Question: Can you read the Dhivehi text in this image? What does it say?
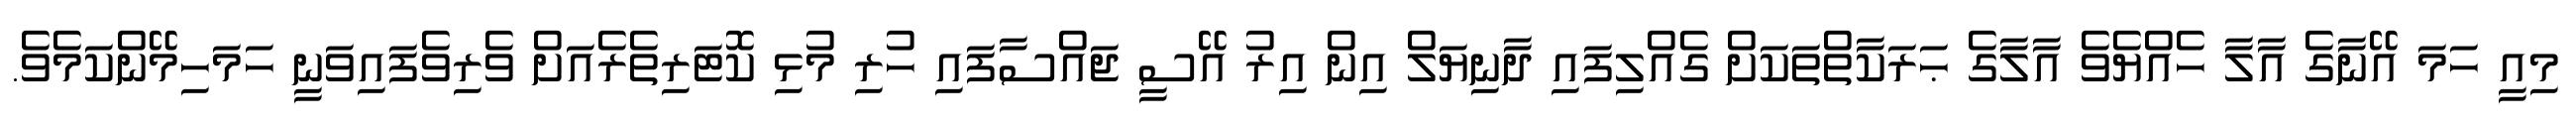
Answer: މިއީ ހަމަ އޭނާގެ އާލާ ހެއްޔެވެ އާލާގެ ޙަރަކާތްތަކަށް ގެއްލިފައި ދާނިޔަލް އިން އިރު އޭސީ ޖައްސާފައި ހުރި މުޅި ކޮޓަރިތެރެއަށް ވެރިވެފައިވަނީ ހަމަހިމޭންކަމެވެ.